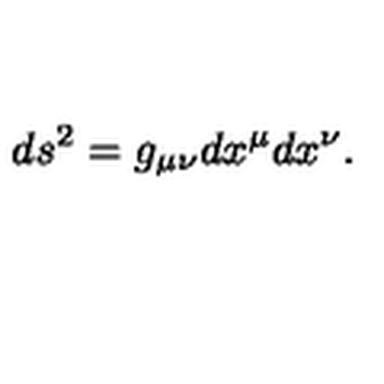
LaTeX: d s ^ { 2 } = g _ { \mu \nu } d x ^ { \mu } d x ^ { \nu } .